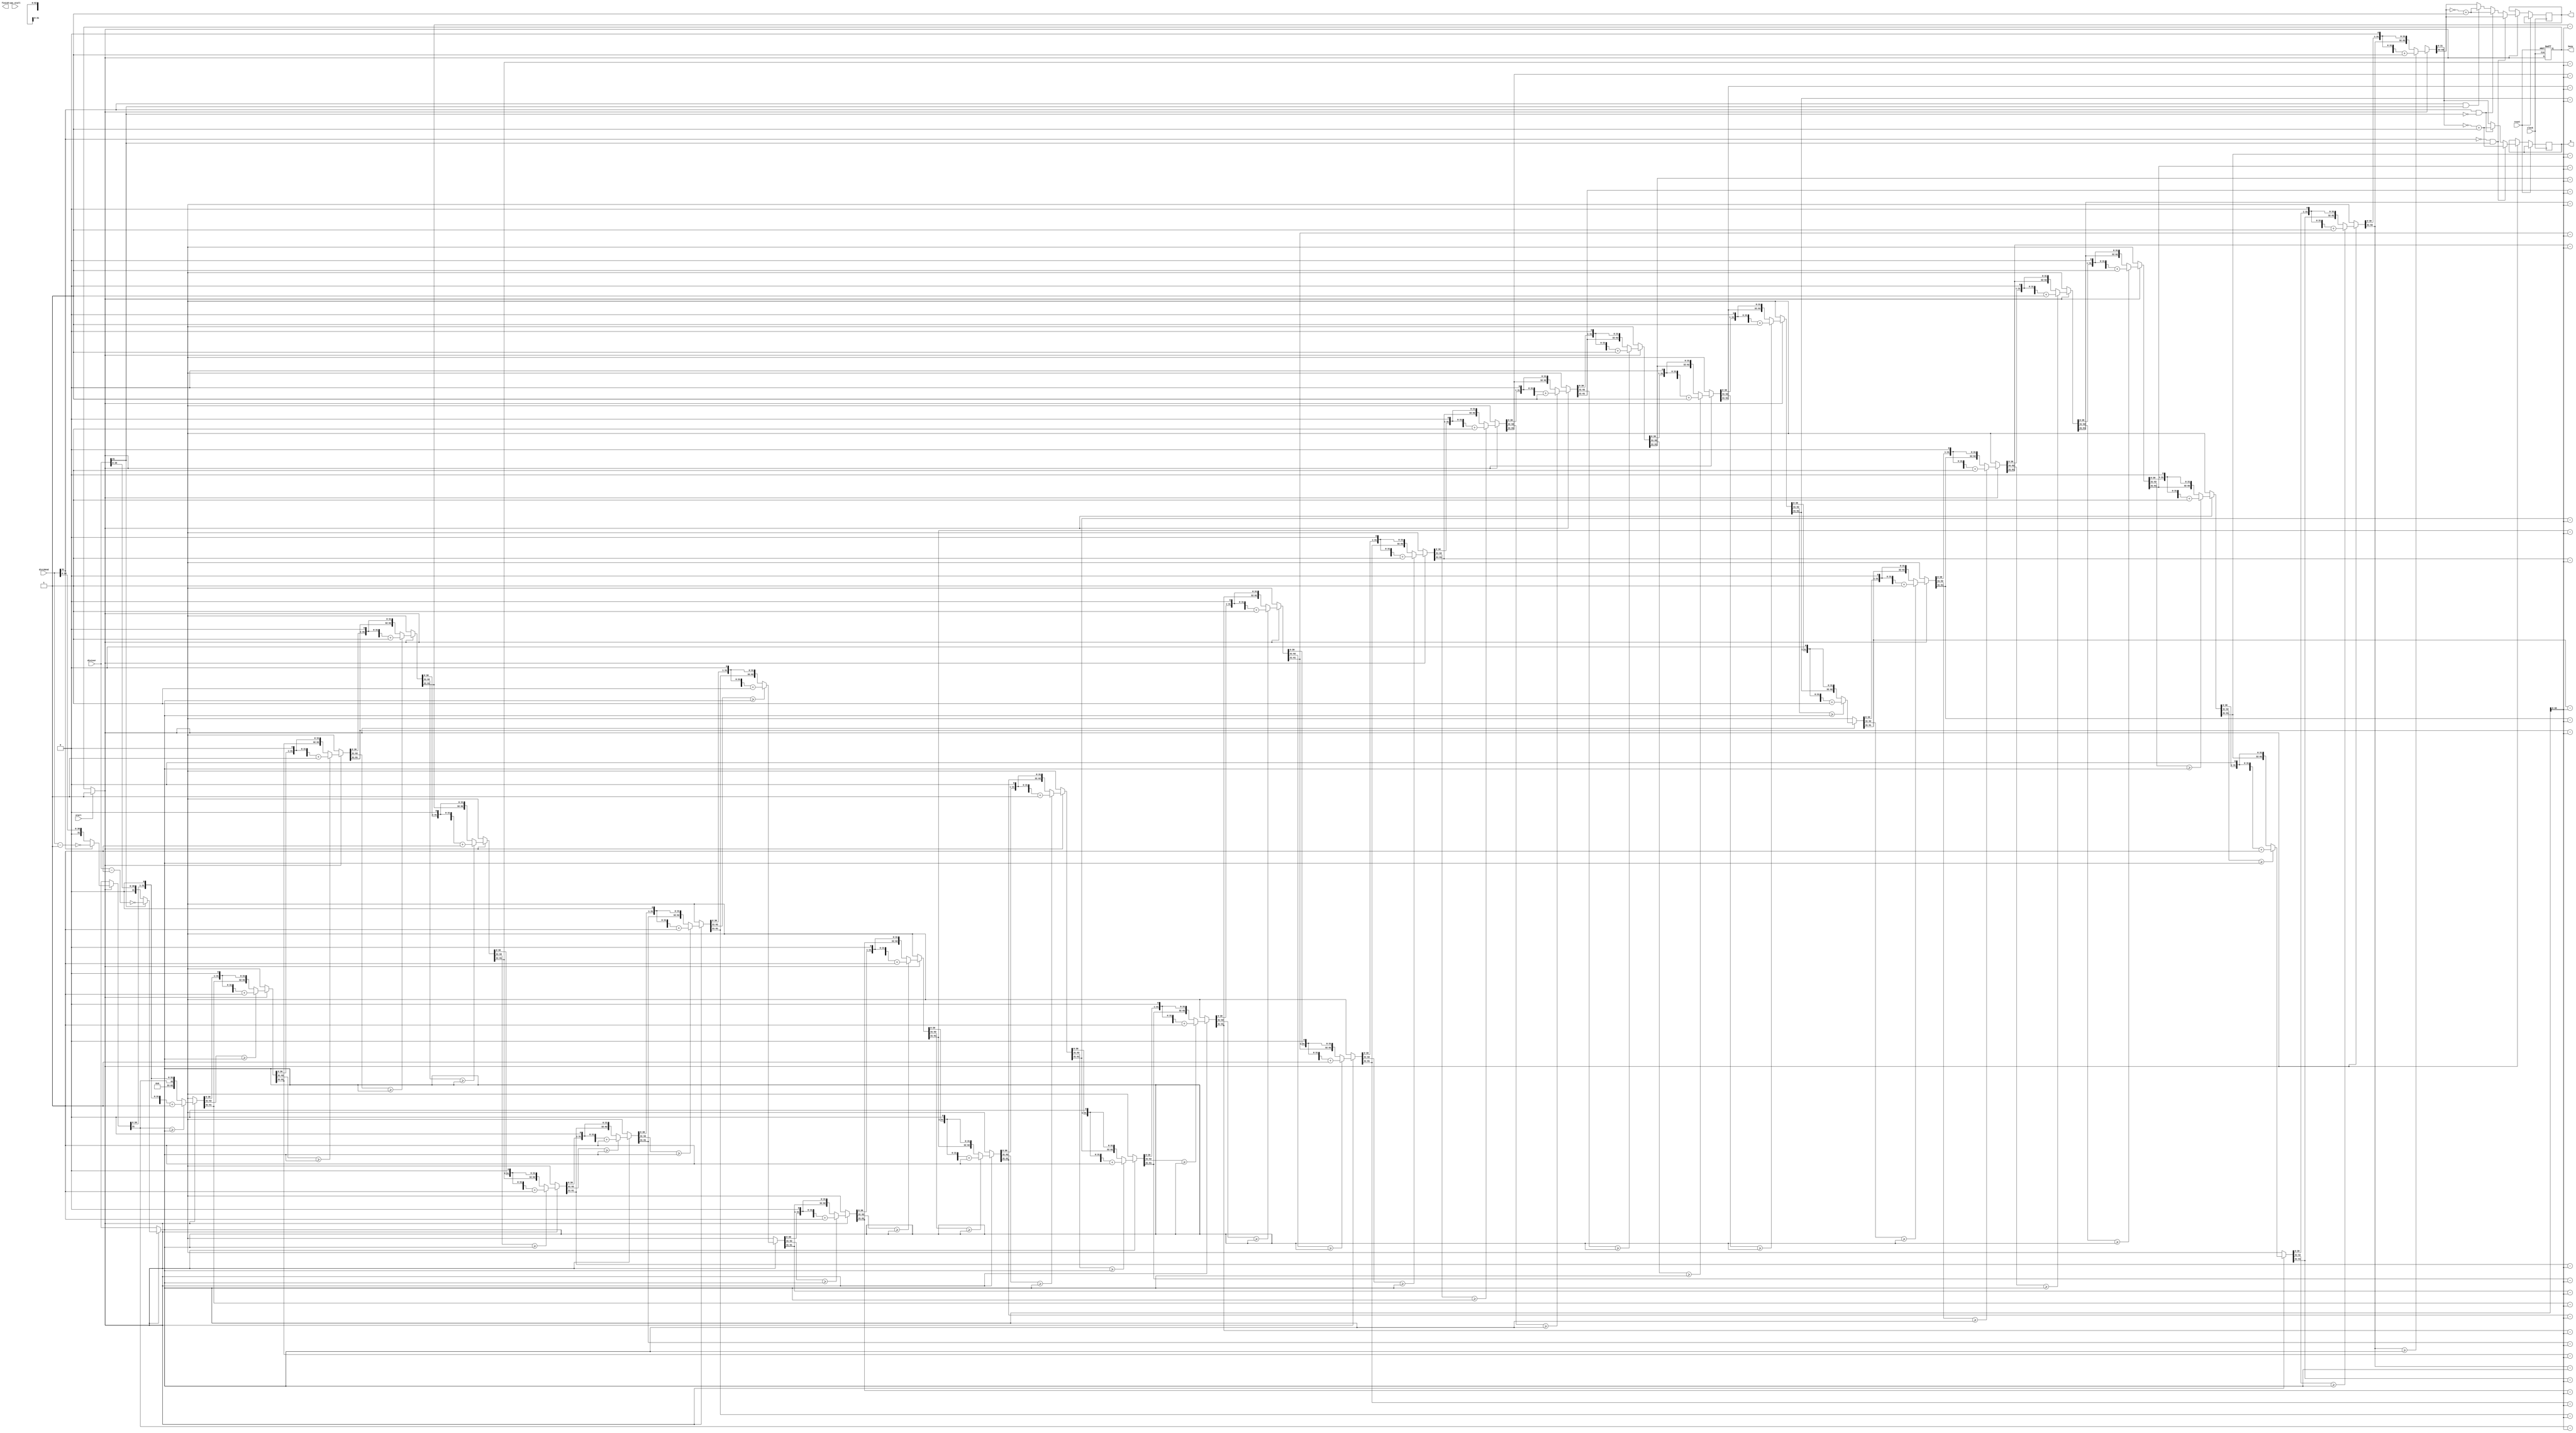
`timescale 1ns / 1ps
//////////////////////////////////////////////////////////////////////////////////
// Company: 
// Engineer: 
// 
// Design Name: 
// Module Name: DIV
// Project Name: 
// Target Devices: 
// Tool Versions: 
// Description: 
// 
// Dependencies: 
// 
// Revision:
// Revision 0.01 - File Created
// Additional Comments:
// 
//////////////////////////////////////////////////////////////////////////////////

module DIV(
    input [31:0] dividend,
    input [31:0] divisor,
    input start,
    input clock,
    input reset,
    input cpu_stall,
    output  reg [31:0]q,
    output  reg [31:0]r,
    output reg busy,
    output reg finish
);
    reg [63:0] temp;
    reg [31:0] temp_b;
    integer cnt=0;
       always @ (posedge clock or posedge reset)begin
           if (reset == 1) begin                     //????
            cnt=0;
            busy <= 0;
            
           end 
           else begin
           if(start)
                busy=1;
            if(busy)begin

                temp=0;
                if(divisor[31]==1)
                    temp_b=~(divisor-1);
                else
                    temp_b=divisor;
                if(dividend[31]==1)
                    temp[31:0]=~(dividend-1);
                else
                    temp[31:0]=dividend;
                
                
                  for(cnt=0;cnt<32;cnt=cnt+1)begin
                        temp=temp<<1;
                        if(temp[63:32]>=temp_b)begin
                            temp[63:32]=temp[63:32]-temp_b;
                            temp=temp+1;
                        end
                        
                  end
                  if((dividend[31]==0&&divisor[31]==1))
                  begin
                    q=~temp[31:0]+1;
                    r=temp[63:32];

                  end
                  else if((dividend[31]==1&&divisor[31]==0))
                  begin
                        q=~temp[31:0]+1;
                        r=~temp[63:32]+1;
                  end
                  else if((dividend[31]==1&&divisor[31]==1))
                  begin
                        q=temp[31:0];
                        r=~temp[63:32]+1;
                  end
                  else 
                  begin
                        q=temp[31:0];
                        r=temp[63:32];
                  end
                  
               end   
             
           end
       end
endmodule